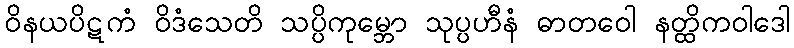
ဝိနယပိဋကံ ဝိဒံသေတိ သပ္ပိကုမ္ဘော သုပ္ပဟီနံ ဓာတဝေါ နတ္ထိကဝါဒေါ